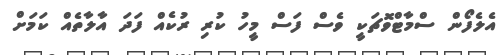
އެލެފޯން ސްމާޓްވޮޗަކީ ވެސް ފަސް މީހު ކުރި ރުކެއް ފަދަ އާލާތެއް ކަމަށް